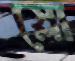
স্লো